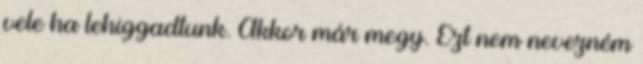
vele ha lehiggadtunk. Akkor már megy. Ezt nem nevezném